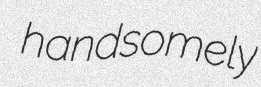
handsomely